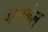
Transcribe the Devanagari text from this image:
आरकेल